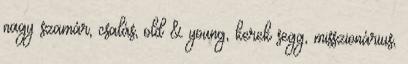
nagy szamár, csalás, old & young, kerek segg, misszionárius,